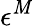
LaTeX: \epsilon^{\mathit{M}}